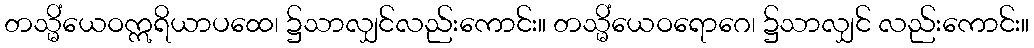
တသ္မိံယေဝဣရိယာပထေ၊ ၌သာလျှင်လည်းကောင်း။ တသ္မိံယေဝရောဂေ၊ ၌သာလျှင် လည်းကောင်း။